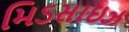
મિડસાઇઝ